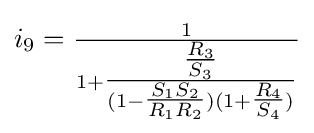
i_{9}={\tfrac {1}{1+{\tfrac {\tfrac {R_{3}}{S_{3}}}{(1-{\tfrac {S_{1}S_{2}}{R_{1}R_{2}}})(1+{\tfrac {R_{4}}{S_{4}}})}}}}